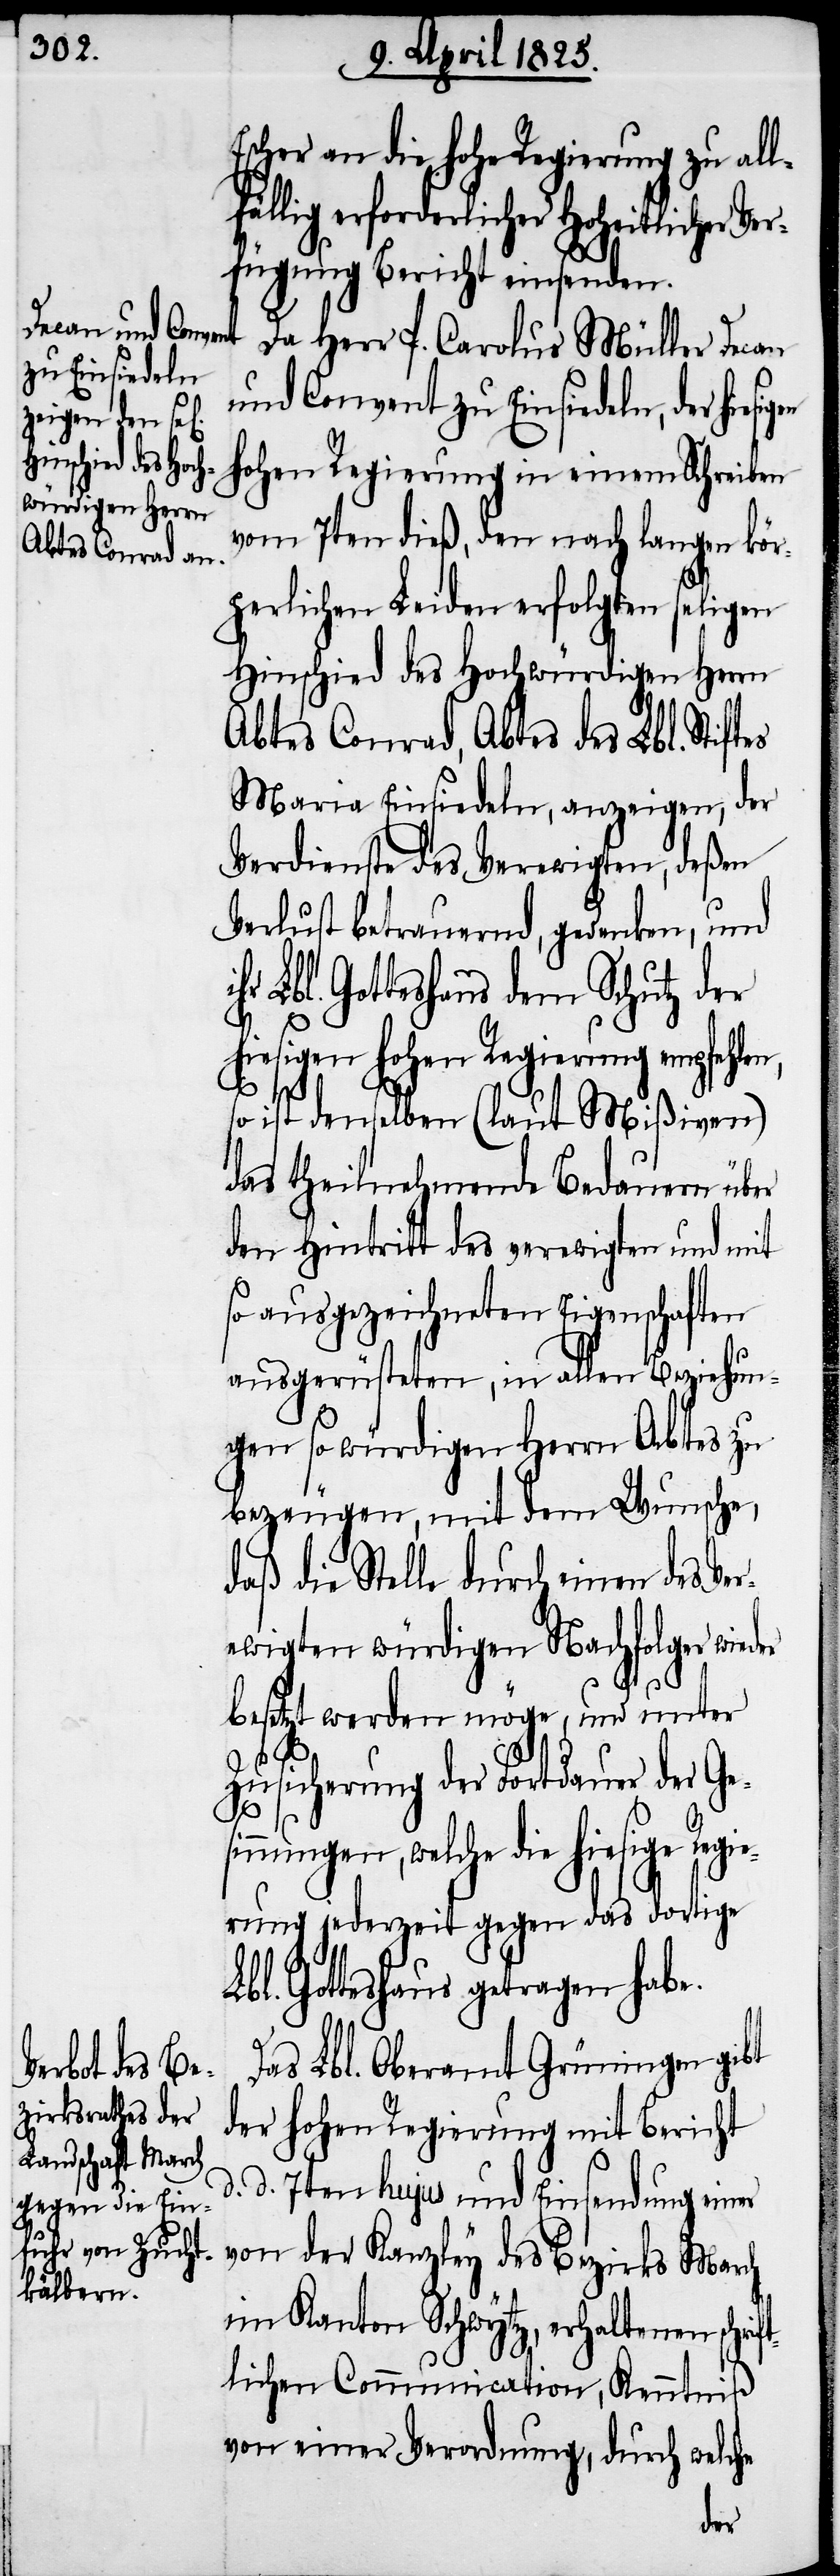
Escher an die hohe Regierung zu allf¬
ällig erforderlicher Hoheitlicher V¬
erfügung Bericht einsenden.
Da Herr P. Carolus Müller Decan
und Convent zu Einsiedeln, der hie¬
hohen Regierung in einem Schreiben
vom 7ten dieß, den nach langen kör¬
perlichen Leiden erfolgten seligen
Hinschied des Hochwürdigen Herrn
Abtes Conrad, Abtes des Lbl. Stiftes
Maria Einsiedeln, anzeigen, der
Verdienste des Verewigten, deßen
Verlust betrauernd, gedenken, und
Lbl. Gotteshaus dem Schutz der
hiesigen hohen Regierung empfehlen,
ihr
so ist denselben (laut Mißiven)
das theilnehmende Bedauern über
den Hintritt des verewigten und mit
so ausgezeichneten Eigenschaften
ausgerüsteten, in allen Beziehun¬
gen so würdigen Herrn Abtes zu
bezeugen, mit dem Wunsche,
daß die Stelle durch einen des Ve¬
ewigten würdigen Nachfolger wied¬
er
besetzt werden möge, und unter
Zusicherung der Fortdauer der Ge¬
sinnungen, welche die hiesige Regie¬
rung jederzeit gegen das dortige
Gotteshaus getragen habe.
Das Lbl. Oberamt Grüningen gibt
der hohen Regierung mit Bericht
d. d. 7ten hujus und Einsendung einer
von der Kanzley des Bezirks March
im Kanton Schwytz, erhaltenen schrif¬
tlichen Communication, Kenntniß
von einer Verordnung, durch welche